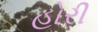
હોરી